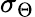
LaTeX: \sigma_{\Theta}